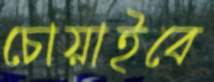
চোয়াইবে